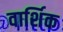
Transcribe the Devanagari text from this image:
वार्शिक